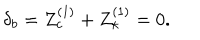
LaTeX: \delta _ { b } = Z _ { c } ^ { ( 1 ) } + Z _ { \kappa } ^ { ( 1 ) } = 0 .